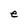
Character: e